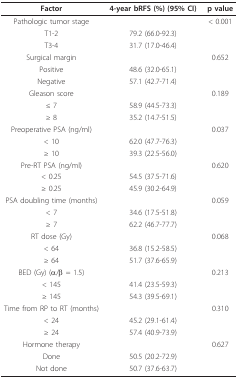
| Factor | 4-year bRFS (%) (95% CI) | p value |
 | --- | --- | --- |
 | Pathologic tumor stage |  | < 0.001 |
 | T1-2 | 79.2 (66.0-92.3) |  |
 | T3-4 | 31.7 (17.0-46.4) |  |
 | Surgical margin |  | 0.652 |
 | Positive | 48.6 (32.0-65.1) |  |
 | Negative | 57.1 (42.7-71.4) |  |
 | Gleason score |  | 0.189 |
 | ≤ 7 | 58.9 (44.5-73.3) |  |
 | ≥ 8 | 35.2 (14.7-51.5) |  |
 | Preoperative PSA (ng/ml) |  | 0.037 |
 | < 10 | 62.0 (47.7-76.3) |  |
 | ≥ 10 | 39.3 (22.5-56.0) |  |
 | Pre-RT PSA (ng/ml) |  | 0.620 |
 | < 0.25 | 54.5 (37.5-71.6) |  |
 | ≥ 0.25 | 45.9 (30.2-64.9) |  |
 | PSA doubling time (months) |  | 0.059 |
 | < 7 | 34.6 (17.5-51.8) |  |
 | ≥ 7 | 62.2 (46.7-77.7) |  |
 | RT dose (Gy) |  | 0.068 |
 | < 64 | 36.8 (15.2-58.5) |  |
 | ≥ 64 | 51.7 (37.6-65.9) |  |
 | BED (Gy) (α/β = 1.5) |  | 0.213 |
 | < 145 | 41.4 (23.5-59.3) |  |
 | ≥ 145 | 54.3 (39.5-69.1) |  |
 | Time from RP to RT (months) |  | 0.310 |
 | < 24 | 45.2 (29.1-61.4) |  |
 | ≥ 24 | 57.4 (40.9-73.9) |  |
 | Hormone therapy |  | 0.627 |
 | Done | 50.5 (20.2-72.9) |  |
 | Not done | 50.7 (37.6-63.7) |  |